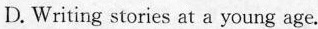
D. Writing stories at a young age.